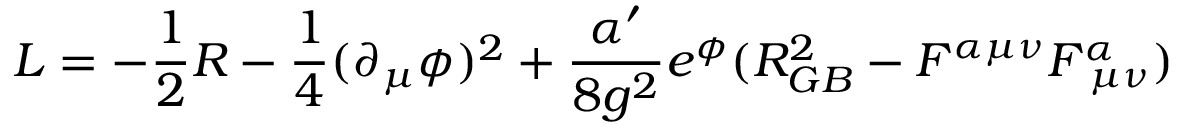
{ \cal L } = - \frac { 1 } { 2 } R - \frac { 1 } { 4 } ( \partial _ { \mu } \phi ) ^ { 2 } + \frac { \alpha ^ { \prime } } { 8 g ^ { 2 } } e ^ { \phi } ( R _ { G B } ^ { 2 } - F ^ { \alpha \mu \nu } F _ { \, \, \mu \nu } ^ { \alpha } )